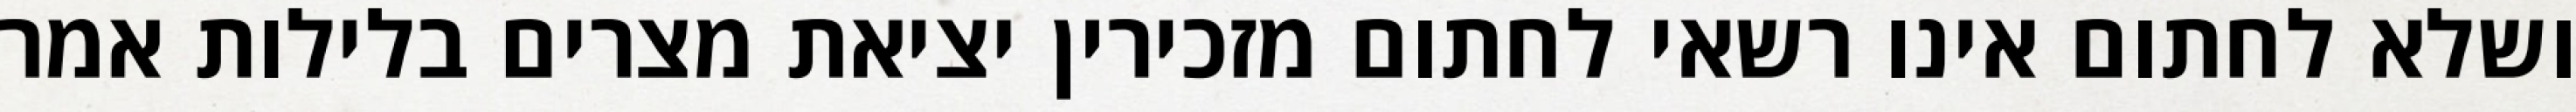
ושלא לחתום אינו רשאי לחתום מזכירין יציאת מצרים בלילות אמר